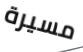
مسيرة